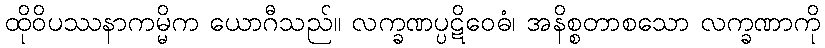
ထိုဝိပဿနာကမ္မိက ယောဂီသည်။ လက္ခဏပ္ပဋိဝေဓံ၊ အနိစ္စတာစသော လက္ခဏာကို